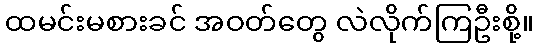
ထမင်းမစားခင် အဝတ်တွေ လဲလိုက်ကြဦးစို့။